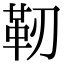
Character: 靭